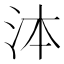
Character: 泍